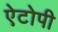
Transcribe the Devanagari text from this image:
ऐटोपी